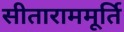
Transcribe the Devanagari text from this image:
सीताराममूर्ति